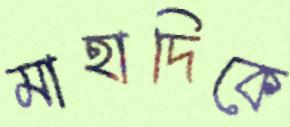
মাহাদিকে